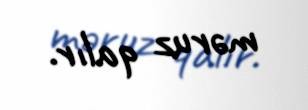
məruz qalır.